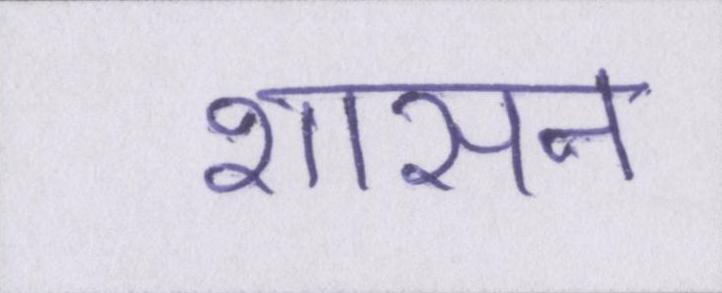
शासन